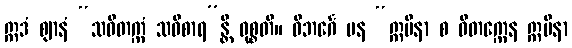
ဣဒံ ဈာနံ “သဝိတက္ကံ သဝိစာရ”န္တိ ဝုစ္စတိ။ ဝိဘင်္ဂေ ပန “ဣမိနာ စ ဝိတက္ကေန ဣမိနာ